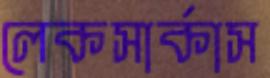
লেকসার্কাস